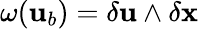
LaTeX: \omega({\mathbf{u}}_{b})=\delta{\mathbf{u}}\wedge\delta{\mathbf{x}}\,